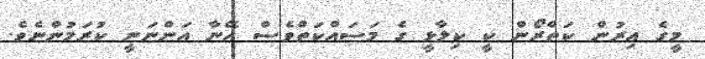
މީގެ އިރުން ކަތްރޯން ކީ ކިލާޅީ ގެ މަސައްކަތްވެސް އޭނާ އަންނަނީ ކުރަމުންނެވެ.